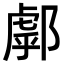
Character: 𨝘